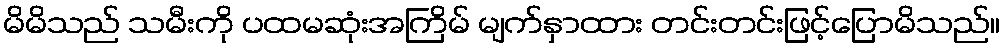
မိမိသည် သမီးကို ပထမဆုံးအကြိမ် မျက်နှာထား တင်းတင်းဖြင့်ပြောမိသည်။